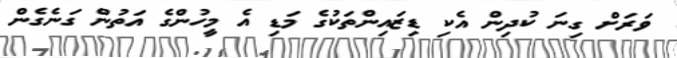
ވަރަށް ގިނަ ކުދިން އެކި ޑިޒައިންތަކުގެ މަޑި އެ މީހުންގެ އަތުން ގަނެގެން